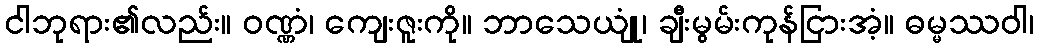
ငါဘုရား၏လည်း။ ဝဏ္ဏံ၊ ကျေးဇူးကို။ ဘာသေယျုံ၊ ချီးမွမ်းကုန်ငြားအံ့။ ဓမ္မဿဝါ၊